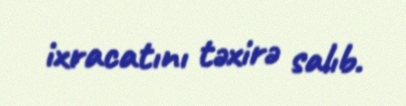
ixracatını təxirə salıb.